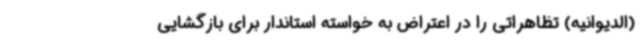
(الدیوانیه) تظاهراتی را در اعتراض به خواسته استاندار برای بازگشایی